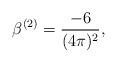
LaTeX: \begin{align*}\beta^{(2)}=\frac{-6}{(4\pi)^2},\end{align*}